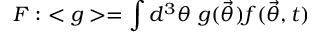
{ \cal { F } } : \ < g > = \int d ^ { 3 } \theta \ g ( { \vec { \theta } } ) f ( { \vec { \theta } } , t ) \,